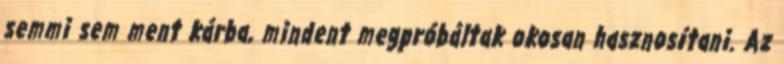
semmi sem ment kárba, mindent megpróbáltak okosan hasznosítani. Az